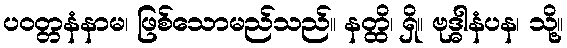
ပဝတ္တနံနာမ၊ ဖြစ်သောမည်သည်။ နတ္ထိ၊ ရှိ။ ဗုဒ္ဓါနံပန၊ သို့။